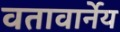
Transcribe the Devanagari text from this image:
वतावार्नेय